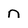
Character: n